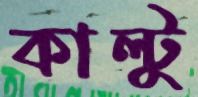
কাল্টু